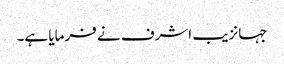
جہانزیب اشرف نے فرمایا ہے۔